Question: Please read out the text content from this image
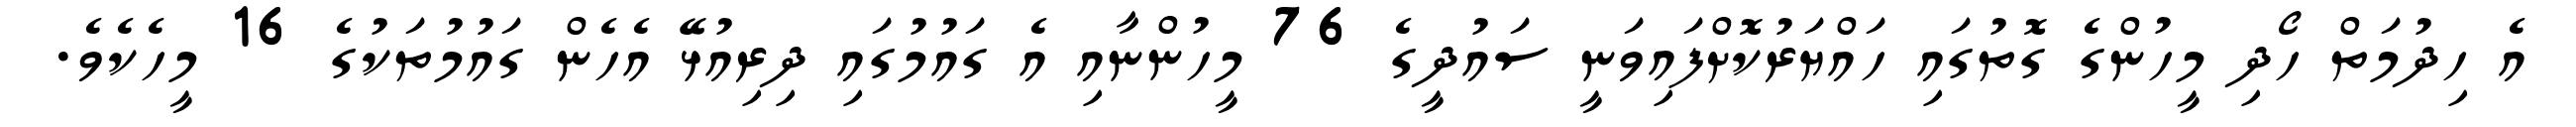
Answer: އެ ހިދުމަތް ހޯދި މީހުންގެ ގޮތުގައި ހައްޔަރުކޮށްފައިވަނީ ސައުދީގެ 76 މީހުންނާއި އެ ގައުމުގައި ދިރިއުޅޭ އެހެން ގައުމުތަކުގެ 16 މީހެކެވެ.